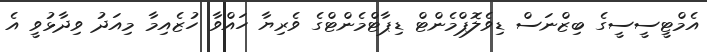
އެމްޓީސީސީގެ ބިޒްނަސް ޑިވެލޮޕްމެންޓް ޑިޕާޓްމެންޓްގެ ވެރިޔާ ހައްވާ ހުޒެއިމާ މިއަދު ވިދާޅުވީ އެ